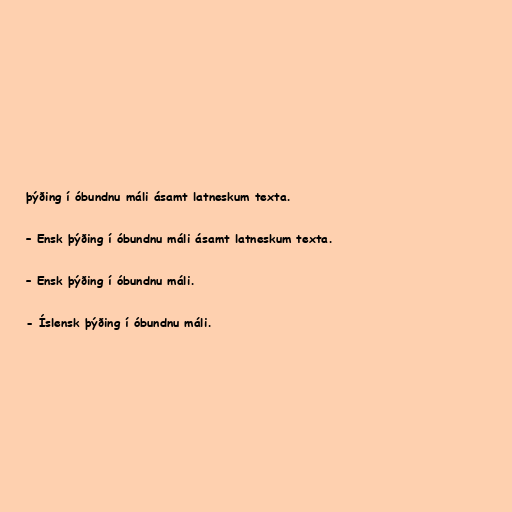
þýðing í óbundnu máli ásamt latneskum texta.

– Ensk þýðing í óbundnu máli ásamt latneskum texta.

– Ensk þýðing í óbundnu máli.

- Íslensk þýðing í óbundnu máli.